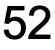
52